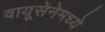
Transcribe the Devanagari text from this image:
वायूसेनेमध्ये